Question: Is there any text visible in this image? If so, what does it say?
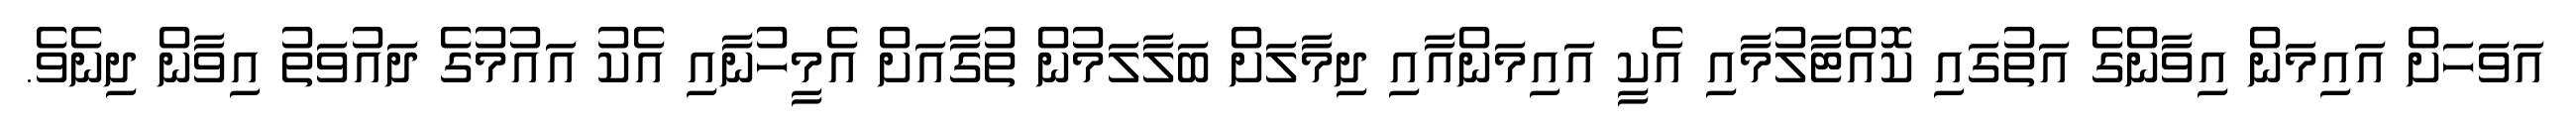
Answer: އަވަހަށް އައިމަން އިވާންގެ އަތުގައި ކޮއްޓާލުމާއި އެކީ އައިމަންއާއި ދިމާލަށް ބަލާލަމުން ތުގާއަށް އެމީހުނާއި އެކު އައުމުގެ ދައުވަތު އިވާން ދިނެވެ.